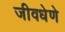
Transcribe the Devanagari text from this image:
जीवधेणे